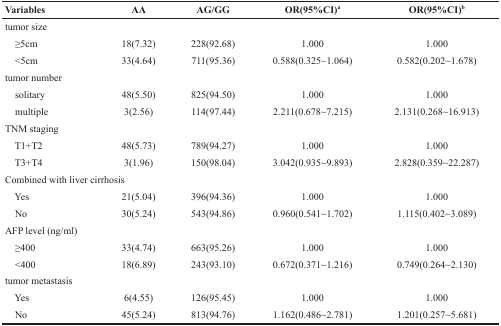
<table><thead><tr><td><b>Variables</b></td><td><b>AA</b></td><td><b>AG/GG</b></td><td><b>OR(95%CI)<sup>a</sup></b></td><td><b>OR(95%CI)<sup>b</sup></b></td></tr></thead><tbody><tr><td colspan="5">tumor size</td></tr><tr><td> ≥5cm</td><td>18(7.32)</td><td>228(92.68)</td><td>1.000</td><td>1.000</td></tr><tr><td> &lt;5cm</td><td>33(4.64)</td><td>711(95.36)</td><td>0.588(0.325∼1.064)</td><td>0.582(0.202∼1.678)</td></tr><tr><td colspan="5">tumor number</td></tr><tr><td> solitary</td><td>48(5.50)</td><td>825(94.50)</td><td>1.000</td><td>1.000</td></tr><tr><td> multiple</td><td>3(2.56)</td><td>114(97.44)</td><td>2.211(0.678∼7.215)</td><td>2.131(0.268∼16.913)</td></tr><tr><td colspan="5">TNM staging</td></tr><tr><td> T1+T2</td><td>48(5.73)</td><td>789(94.27)</td><td>1.000</td><td>1.000</td></tr><tr><td> T3+T4</td><td>3(1.96)</td><td>150(98.04)</td><td>3.042(0.935∼9.893)</td><td>2.828(0.359∼22.287)</td></tr><tr><td colspan="5">Combined with liver cirrhosis</td></tr><tr><td> Yes</td><td>21(5.04)</td><td>396(94.36)</td><td>1.000</td><td>1.000</td></tr><tr><td> No</td><td>30(5.24)</td><td>543(94.86)</td><td>0.960(0.541∼1.702)</td><td>1.115(0.402∼3.089)</td></tr><tr><td colspan="5">AFP level (ng/ml)</td></tr><tr><td> ≥400</td><td>33(4.74)</td><td>663(95.26)</td><td>1.000</td><td>1.000</td></tr><tr><td> &lt;400</td><td>18(6.89)</td><td>243(93.10)</td><td>0.672(0.371∼1.216)</td><td>0.749(0.264∼2.130)</td></tr><tr><td colspan="5">tumor metastasis</td></tr><tr><td> Yes</td><td>6(4.55)</td><td>126(95.45)</td><td>1.000</td><td>1.000</td></tr><tr><td> No</td><td>45(5.24)</td><td>813(94.76)</td><td>1.162(0.486∼2.781)</td><td>1.201(0.257∼5.681)</td></tr></tbody></table>